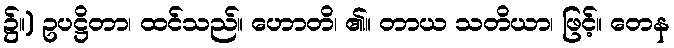
၌။) ဥပဋ္ဌိတာ၊ ထင်သည်။ ဟောတိ၊ ၏။ တာယ သတိယာ၊ ဖြင့်။ တေန